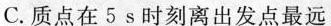
C.质点在5s时刻离出发点最远